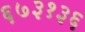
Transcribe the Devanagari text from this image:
६७३१३६